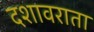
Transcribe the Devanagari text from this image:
दशावराता